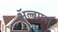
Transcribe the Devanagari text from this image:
अॅल्बमस्